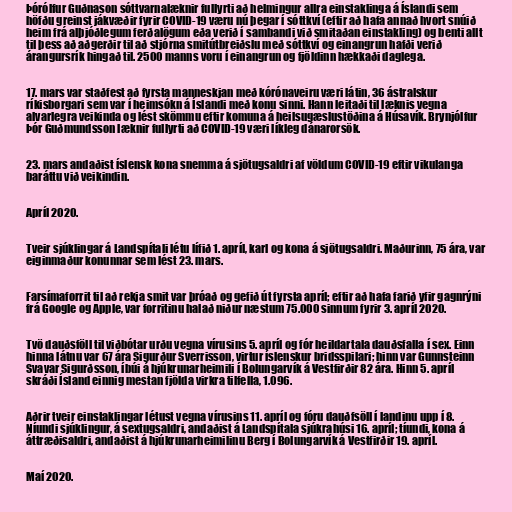
Þórólfur Guðnason sóttvarnalæknir fullyrti að helmingur allra einstaklinga á Íslandi sem
höfðu greinst jákvæðir fyrir COVID-19 væru nú þegar í sóttkví (eftir að hafa annað hvort snúið
heim frá alþjóðlegum ferðalögum eða verið í sambandi við smitaðan einstakling) og benti allt
til þess að aðgerðir til að stjórna smitútbreiðslu með sóttkví og einangrun hafði verið
árangursrík hingað til. 2500 manns voru í einangrun og fjöldinn hækkaði daglega.

17. mars var staðfest að fyrsta manneskjan með kórónaveiru væri látin, 36 ástralskur
ríkisborgari sem var í heimsókn á Íslandi með konu sinni. Hann leitaði til læknis vegna
alvarlegra veikinda og lést skömmu eftir komuna á heilsugæslustöðina á Húsavík. Brynjólfur
Þór Guðmundsson læknir fullyrti að COVID-19 væri líkleg dánarorsök.

23. mars andaðist íslensk kona snemma á sjötugsaldri af völdum COVID-19 eftir vikulanga
baráttu við veikindin.

Apríl 2020.

Tveir sjúklingar á Landspítali létu lífið 1. apríl, karl og kona á sjötugsaldri. Maðurinn, 75 ára, var
eiginmaður konunnar sem lést 23. mars.

Farsímaforrit til að rekja smit var þróað og gefið út fyrsta apríl; eftir að hafa farið yfir gagnrýni
frá Google og Apple, var forritinu halað niður næstum 75.000 sinnum fyrir 3. apríl 2020.

Tvö dauðsföll til viðbótar urðu vegna vírusins ​​5. apríl og fór heildartala dauðsfalla í sex. Einn
hinna látnu var 67 ára Sigurður Sverrisson, virtur íslenskur bridsspilari; hinn var Gunnsteinn
Svavar Sigurðsson, íbúi á hjúkrunarheimili í Bolungarvík á Vestfirðir 82 ára. Hinn 5. apríl
skráði Ísland einnig mestan fjölda virkra tilfella, 1.096.

Aðrir tveir einstaklingar létust vegna vírusins ​​11. apríl og fóru dauðfsöll í landinu upp í 8.
Níundi sjúklingur, á sextugsaldri, andaðist á Landspítala sjúkrahúsi 16. apríl; tíundi, kona á
áttræðisaldri, andaðist á hjúkrunarheimilinu Berg í Bolungarvík á Vestfirðir 19. apríl.

Maí 2020.